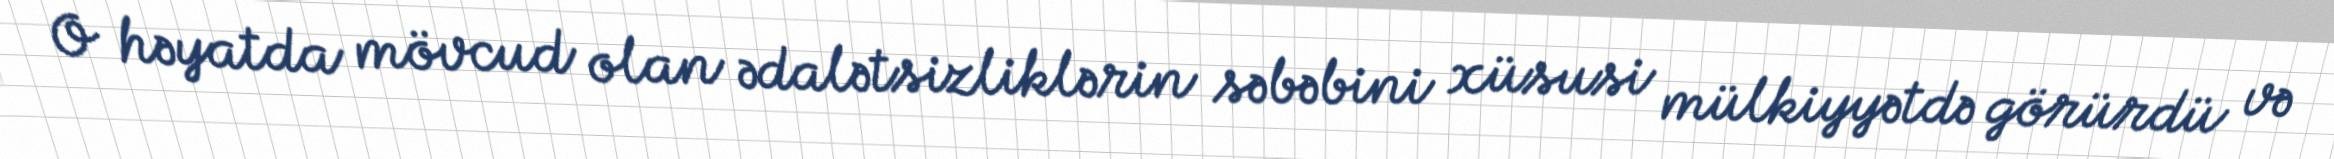
O həyatda mövcud olan ədalətsizliklərin səbəbini xüsusi mülkiyyətdə görürdü və